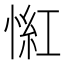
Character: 𢞃